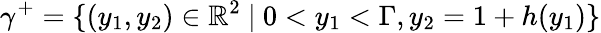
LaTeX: \gamma^{+}=\lbrace(y_{1},y_{2})\in\mathbb{R}^{2}\ \vert\ 0<y_{1}<\Gamma,y_{2}=1+h(y_{1})\rbrace